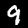
Digit: 9